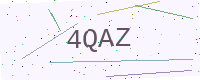
Text: 4QAZ